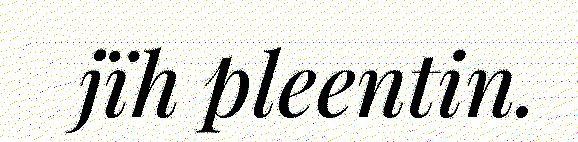
jïh pleentin.